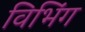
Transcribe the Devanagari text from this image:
विभिंग